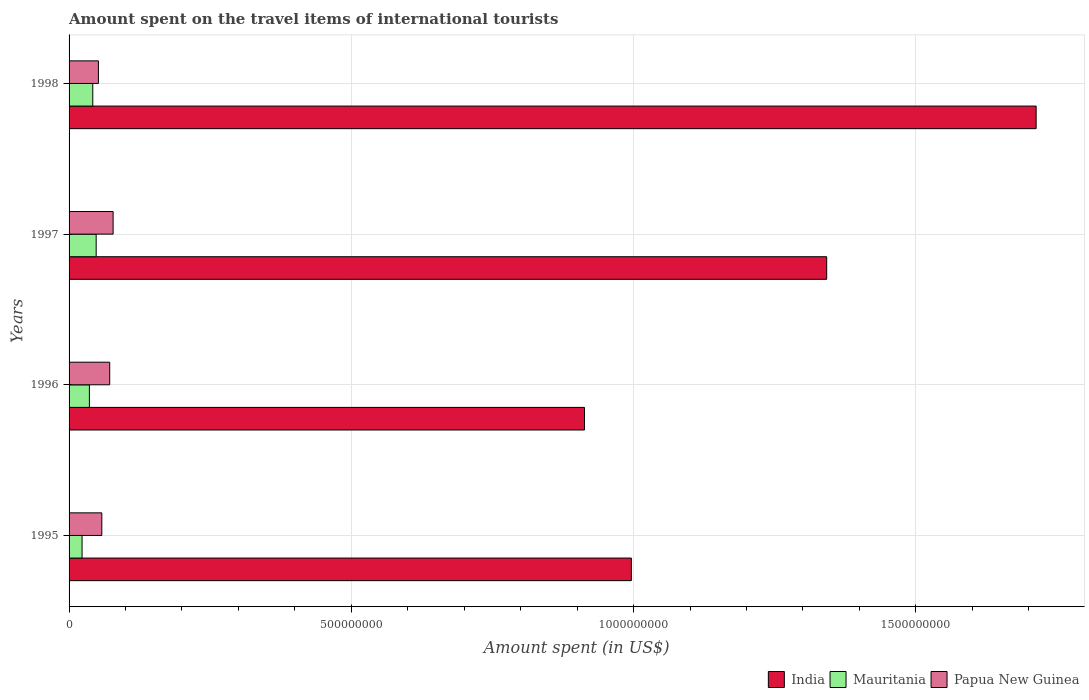
| Years | India | Mauritania | Papua New Guinea |
 | --- | --- | --- | --- |
 | 1995 | 9.96e+08 | 2.3e+07 | 5.8e+07 |
 | 1996 | 9.13e+08 | 3.6e+07 | 7.2e+07 |
 | 1997 | 1.34e+09 | 4.8e+07 | 7.8e+07 |
 | 1998 | 1.71e+09 | 4.2e+07 | 5.2e+07 |